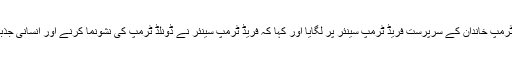
میری ٹرمپ نے ٹرمپ خاندان کے مبینہ طور پر ناکارہ ہونے کا الزام ٹرمپ خاندان کے سرپرست فریڈ ٹرمپ سینئر پر لگایا اور کہا کہ فریڈ ٹرمپ سینئر نے ڈونلڈ ٹرمپ کی نشونما کرنے اور انسانی جذبات کے تجربہ کرنے کی صلاحیت میں مداخلت کرکے انہیں تباہ کردیا۔